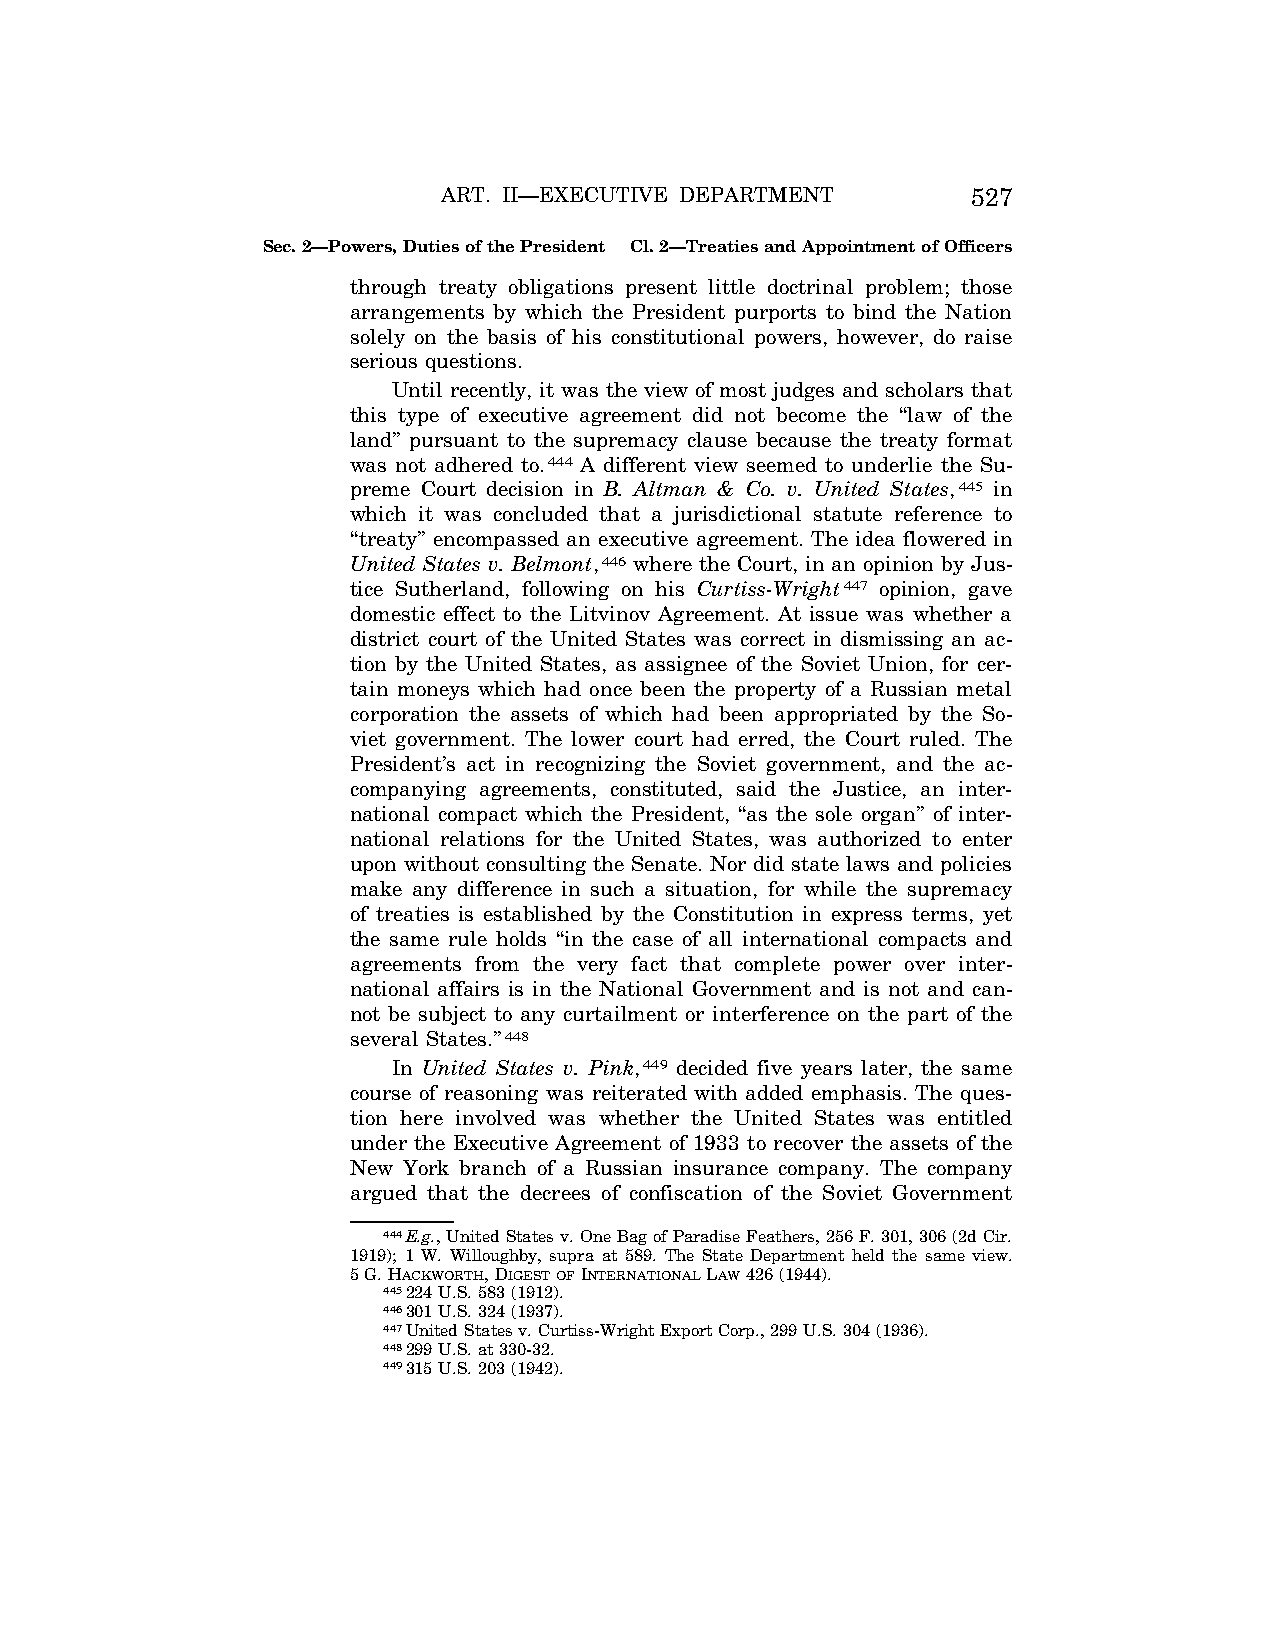
ART. II—EXECUTIVE DEPARTMENT       527
 Sec. 2—Powers, Duties of the President Cl. 2—Treaties and Appointment of Officers
 through treaty obligations present little doctrinal problem; those
 arrangements by which the President purports to bind the Nation
 solely on the basis of his constitutional powers, however, do raise
 serious questions.
 Until recently, it was the view of most judges and scholars that
 this type of executive agreement did not become the ‘‘law of the
 land’’ pursuant to the supremacy clause because the treaty format
 was not adhered to.444 A different view seemed to underlie the Su-
 preme Court decision in B. Altman & Co. v. United States,445 in
 which it was concluded that a jurisdictional statute reference to
 ‘‘treaty’’ encompassed an executive agreement. The idea flowered in
 United States v. Belmont,446 where the Court, in an opinion by Jus-
 tice Sutherland, following on his Curtiss-Wright447 opinion, gave
 domestic effect to the Litvinov Agreement. At issue was whether a
 district court of the United States was correct in dismissing an ac-
 tion by the United States, as assignee of the Soviet Union, for cer-
 tain moneys which had once been the property of a Russian metal
 corporation the assets of which had been appropriated by the So-
 viet government. The lower court had erred, the Court ruled. The
 President’s act in recognizing the Soviet government, and the ac-
 companying agreements, constituted, said the Justice, an inter-
 national compact which the President, ‘‘as the sole organ’’ of inter-
 national relations for the United States, was authorized to enter
 upon without consulting the Senate. Nor did state laws and policies
 make any difference in such a situation, for while the supremacy
 of treaties is established by the Constitution in express terms, yet
 the same rule holds ‘‘in the case of all international compacts and
 agreements from the very fact that complete power over inter-
 national affairs is in the National Government and is not and can-
 not be subject to any curtailment or interference on the part of the
 several States.’’448
 In United States v. Pink,449 decided five years later, the same
 course of reasoning was reiterated with added emphasis. The ques-
 tion here involved was whether the United States was entitled
 under the Executive Agreement of 1933 to recover the assets of the
 New York branch of a Russian insurance company. The company
 argued that the decrees of confiscation of the Soviet Government
 444E.g., United States v. One Bag of Paradise Feathers, 256 F. 301, 306 (2d Cir.
 1919); 1 W. Willoughby, supra at 589. The State Department held the same view.
 5 G. HACKWORTH, DIGESTOFINTERNATIONALLAW426 (1944).
 445224 U.S. 583 (1912).
 446301 U.S. 324 (1937).
 447United States v. Curtiss-Wright Export Corp., 299 U.S. 304 (1936).
 448299 U.S. at 330-32.
 449315 U.S. 203 (1942).
 VerDate Aug<04>2004 13:21 Oct 06, 2004 Jkt 077500 PO 00000 Frm 00095 Fmt 8222 Sfmt 8222 C:\CONAN\CON011.SGM PRFM99 PsN: CON011